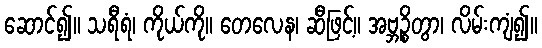
ဆောင်၍။ သရီရံ၊ ကိုယ်ကို။ တေလေန၊ ဆီဖြင့်။ အဗ္ဘဉ္စိတွာ၊ လိမ်းကျံ၍။